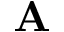
\mathbf { A }